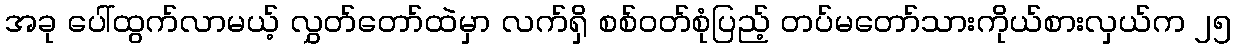
အခု ပေါ်ထွက်လာမယ့် လွှတ်တော်ထဲမှာ လက်ရှိ စစ်ဝတ်စုံပြည့် တပ်မတော်သားကိုယ်စားလှယ်က ၂၅